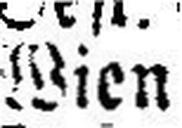
Wien